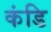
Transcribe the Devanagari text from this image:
कंडि